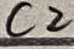
Text: C2